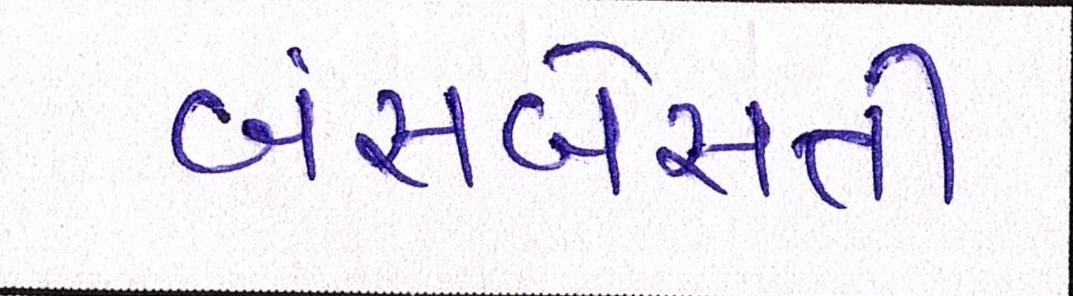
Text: બંસબેસતી